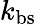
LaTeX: k_{\mathrm{bs}}